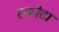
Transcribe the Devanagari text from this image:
स्कोटा